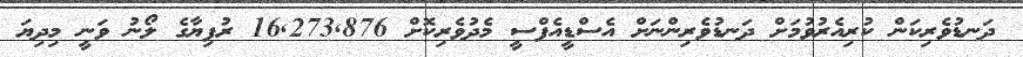
ދަނޑުވެރިކަން ކުރިއެރުވުމަށް ދަނޑުވެރިންނަށް އެސްޑީއެފްސީ މެދުވެރިކޮށް 16